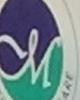
m